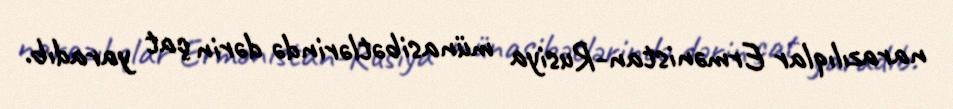
narazılıqlar Ermənistan-Rusiya münasibətlərində dərin çat yaradıb.